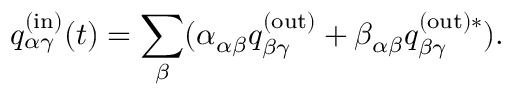
q _ { \alpha \gamma } ^ { \mathrm { ( i n ) } } ( t ) = \sum _ { \beta } ( \alpha _ { \alpha \beta } q _ { \beta \gamma } ^ { \mathrm { ( o u t ) } } + \beta _ { \alpha \beta } q _ { \beta \gamma } ^ { \mathrm { ( o u t ) } \ast } ) .